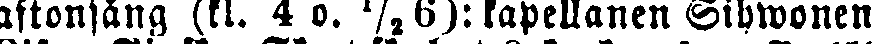
aftonsång (kl. 4 o. ½ 6): kapellanen Sihwonen